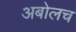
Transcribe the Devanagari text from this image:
अबोलच